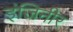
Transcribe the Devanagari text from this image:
इंजिनीर